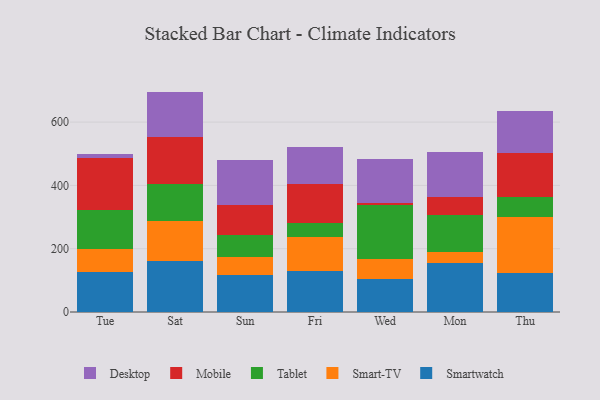
{"axis": {"x": "Day", "y": "Tickets Resolved"}, "legend": ["Desktop", "Mobile", "Smart-TV", "Smartwatch", "Tablet"], "data": [{"x": "Tue", "y": 126.9, "type": "Smartwatch"}, {"x": "Tue", "y": 71.2, "type": "Smart-TV"}, {"x": "Tue", "y": 125.2, "type": "Tablet"}, {"x": "Tue", "y": 163.6, "type": "Mobile"}, {"x": "Tue", "y": 11.0, "type": "Desktop"}, {"x": "Sat", "y": 159.8, "type": "Smartwatch"}, {"x": "Sat", "y": 128.8, "type": "Smart-TV"}, {"x": "Sat", "y": 114.9, "type": "Tablet"}, {"x": "Sat", "y": 148.8, "type": "Mobile"}, {"x": "Sat", "y": 144.0, "type": "Desktop"}, {"x": "Sun", "y": 116.2, "type": "Smartwatch"}, {"x": "Sun", "y": 58.2, "type": "Smart-TV"}, {"x": "Sun", "y": 68.0, "type": "Tablet"}, {"x": "Sun", "y": 96.1, "type": "Mobile"}, {"x": "Sun", "y": 142.1, "type": "Desktop"}, {"x": "Fri", "y": 130.0, "type": "Smartwatch"}, {"x": "Fri", "y": 106.4, "type": "Smart-TV"}, {"x": "Fri", "y": 43.6, "type": "Tablet"}, {"x": "Fri", "y": 124.4, "type": "Mobile"}, {"x": "Fri", "y": 116.4, "type": "Desktop"}, {"x": "Wed", "y": 105.6, "type": "Smartwatch"}, {"x": "Wed", "y": 63.4, "type": "Smart-TV"}, {"x": "Wed", "y": 167.9, "type": "Tablet"}, {"x": "Wed", "y": 6.6, "type": "Mobile"}, {"x": "Wed", "y": 140.1, "type": "Desktop"}, {"x": "Mon", "y": 155.8, "type": "Smartwatch"}, {"x": "Mon", "y": 35.2, "type": "Smart-TV"}, {"x": "Mon", "y": 114.1, "type": "Tablet"}, {"x": "Mon", "y": 59.0, "type": "Mobile"}, {"x": "Mon", "y": 140.3, "type": "Desktop"}, {"x": "Thu", "y": 124.3, "type": "Smartwatch"}, {"x": "Thu", "y": 176.4, "type": "Smart-TV"}, {"x": "Thu", "y": 63.1, "type": "Tablet"}, {"x": "Thu", "y": 139.2, "type": "Mobile"}, {"x": "Thu", "y": 131.4, "type": "Desktop"}]}